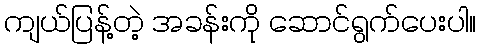
ကျယ်ပြန့်တဲ့ အခန်းကို ဆောင်ရွက်ပေးပါ။